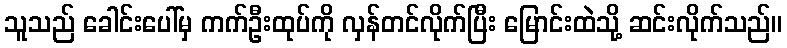
သူသည် ခေါင်းပေါ်မှ ကက်ဦးထုပ်ကို လှန်တင်လိုက်ပြီး မြောင်းထဲသို့ ဆင်းလိုက်သည်။